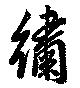
繡